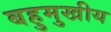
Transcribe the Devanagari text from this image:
बहुमुखीय